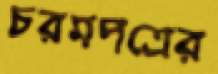
চরমপত্রের